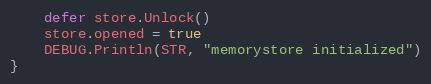
Language: Go
	defer store.Unlock()
	store.opened = true
	DEBUG.Println(STR, "memorystore initialized")
}